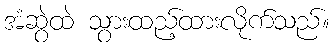
အံဆွဲထဲ သွားထည့်ထားလိုက်သည်။